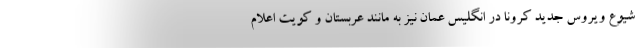
شیوع ویروس جدید کرونا در انگلیس عمان نیز به مانند عربستان و کویت اعلام